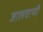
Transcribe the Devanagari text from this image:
जालवाणी